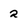
Character: 2